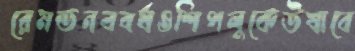
রেমন্ডনববর্ষওশিপলুকেউষাবে